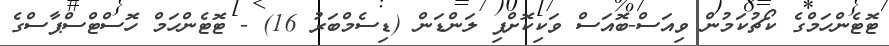
ޓޮޓެންހަމްގެ ކޯޗުކަމުން ވިއަސް-ބޮއަސް ވަކިކޮށްފި ލަންޑަން (ޑިސެމްބަރު 16) - ޓޮޓެންހަމް ހޮސްޓްސްޕާސްގެ